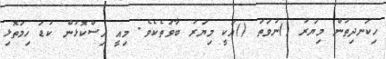
ހިކަނދިތުން މިޔަރު ()ނުވަތަ ()އަކީ މިޔަރު ބާވަތެކެވެ. މިއީ އިސްކޮޅުން ކުޑަ ހިމަތޮޅި